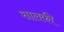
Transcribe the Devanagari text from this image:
सालकी